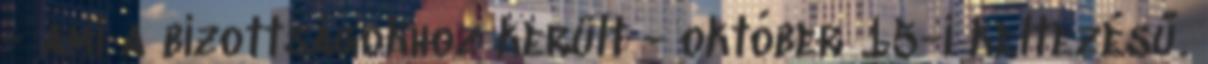
- ami a bizottságokhoz került - október 15-i keltezésű.